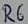
Text: R6